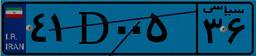
۱۵D۵۰۷۵۴